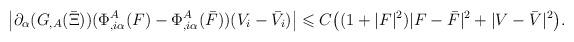
LaTeX: \begin{align*}\bigl|\partial_{\alpha} (G_{,A}(\Bar{\Xi}))(\Phi_{,i\alpha}^A(F)-\Phi_{,i\alpha}^A(\Bar{F}))(V_i-\bar{V}_i)\bigr|\leqslant C \big((1+|F|^2)|F-\bar{F}|^2+|V-\bar{V}|^2 \big).\end{align*}